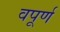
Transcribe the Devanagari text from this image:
वपूर्ण